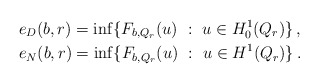
\begin{align*}&e_D(b,r)=\inf\{F_{b,Q_r}(u)~:~u\in H^1_0(Q_r)\}\,,\\&e_N(b,r)=\inf\{F_{b,Q_r}(u)~:~u\in H^1(Q_r)\}\,.\end{align*}